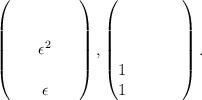
LaTeX: \begin{align*}\begin{pmatrix}& & & & \\& & & & \\& & \epsilon^2 & & \\& & & & \\& &\epsilon & &\end{pmatrix},\begin{pmatrix} & & & & \\& & & & \\& & & & \\1& & & & \\1& & & &\end{pmatrix}.\end{align*}